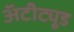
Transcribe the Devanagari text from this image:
अॅटीट्यूड